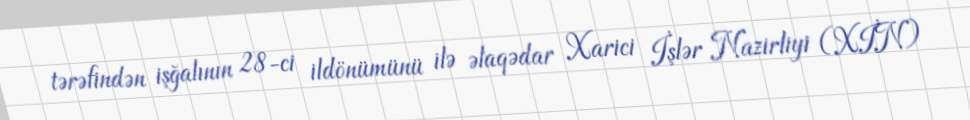
tərəfindən işğalının 28-ci ildönümünü ilə əlaqədar Xarici İşlər Nazirliyi (XİN)